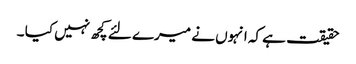
حقیقت ہے کہ انہوں نے میرے لئے کچھ نہیں کیا ۔